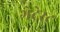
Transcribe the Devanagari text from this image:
गेट्रेस्ट